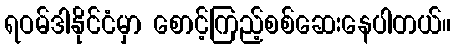
ရဝမ်ဒါနိုင်ငံမှာ စောင့်ကြည့်စစ်ဆေးနေပါတယ်။